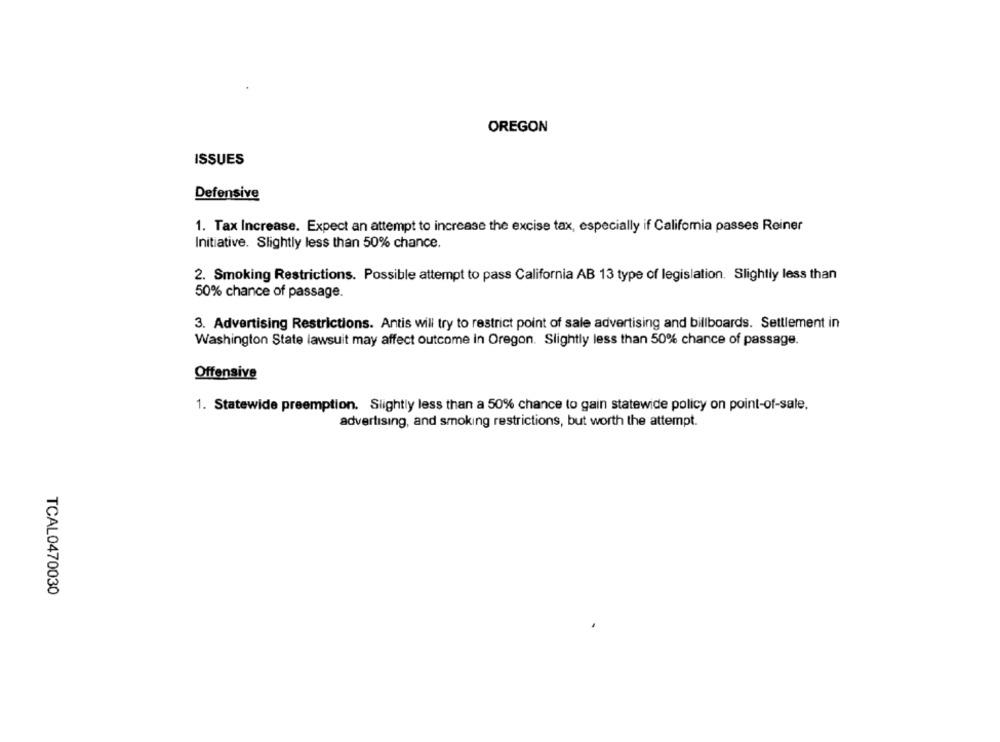
OREGON
ISSUES
Defensive
1. Tax Increase. Expect an attempt to increase the excise tax, especially if Califomia passes Reiner
Initiative. Slightly less than 50% chance.
2. Smoking Restrictions. Possible attempt to pass California AB 13 type of legislation. Slightly less than
50% chance of passage.
3. Advertising Restrictions. Antis will try to restrict point of sale advertising and billboards. Settlement in
Washington State lawsuit may affect outcome in Oregon. Slightly less than 50% chance of passage.
Offensive
1. Statewide preemption. Slightly less than a 50% chance to gain statewide policy on point-of-sale,
advertising, and smoking restrictions, but worth the attempt.
TCAL0470030